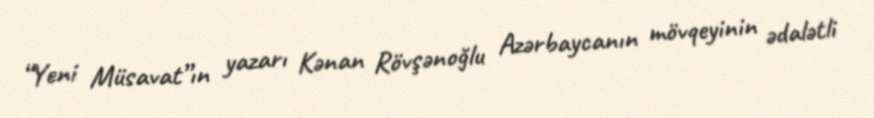
“Yeni Müsavat”ın yazarı Kənan Rövşənoğlu Azərbaycanın mövqeyinin ədalətli